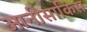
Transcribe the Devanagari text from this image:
आनीसाकिस